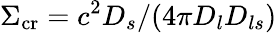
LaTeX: \Sigma_{\mathrm{cr}}=c^{2}D_{s}/(4\pi D_{l}D_{ls})